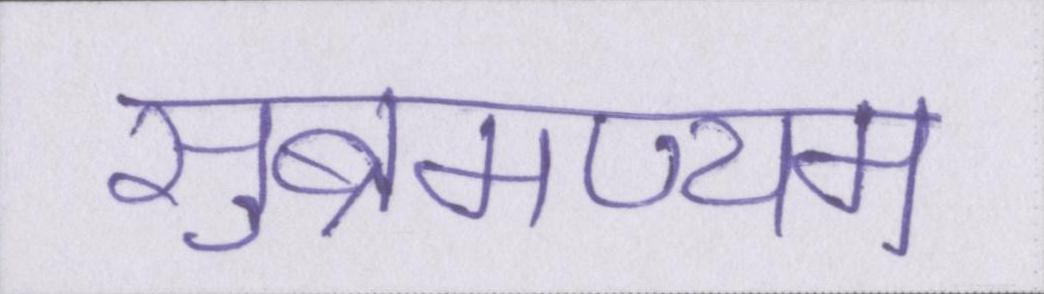
सुब्रमण्यम